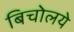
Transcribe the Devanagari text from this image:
बिचोलये